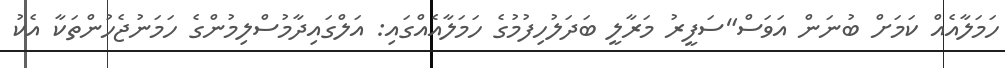
ހަމަލާއެއް ކަމަށް ބުނަން އަވަސް"ސަފީރު މަރާލީ ބަދަލުހިފުމުގެ ހަމަލާއެއްގައި: އަލްގައިދާމުސްލިމުންގެ ހަމަނުޖެހުންތަކާ އެކު